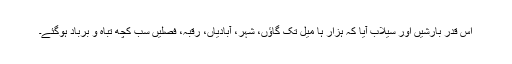
اس قدر بارشیں اور سیلاب آیا کہ ہزار ہا میل تک گاؤں، شہر، آبادیاں، رقبہ، فصلیں سب کچھ تباہ و برباد ہوگئے۔